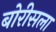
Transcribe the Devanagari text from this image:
बोरीसला